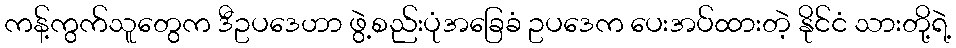
ကန့်ကွက်သူတွေက ဒီဥပဒေဟာ ဖွဲ့စည်းပုံအခြေခံ ဥပဒေက ပေးအပ်ထားတဲ့ နိုင်ငံ သားတို့ရဲ့